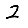
Digit: 2